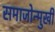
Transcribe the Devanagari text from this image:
समाजोन्मुखी